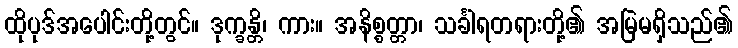
ထိုပုဒ်အပေါင်းတို့တွင်။ ဒုက္ခန္တိ၊ ကား။ အနိစ္စတ္တာ၊ သင်္ခါရတရားတို့၏ အမြဲမရှိသည်၏